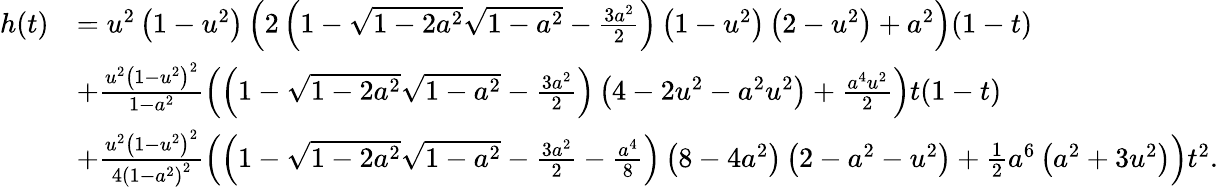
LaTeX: \begin{array}{rl}{h(t)}&{=u^{2}\left(1-u^{2}\right)\left(2\left(1-\sqrt{1-2a^{2}}\sqrt{1-a^{2}}-\frac{3a^{2}}{2}\right)\left(1-u^{2}\right)\left(2-u^{2}\right)+a^{2}\right)(1-t)}\\ &{+\frac{u^{2}\left(1-u^{2}\right)^{2}}{1-a^{2}}\left(\left(1-\sqrt{1-2a^{2}}\sqrt{1-a^{2}}-\frac{3a^{2}}{2}\right)\left(4-2u^{2}-a^{2}u^{2}\right)+\frac{a^{4}u^{2}}{2}\right)t(1-t)}\\ &{+\frac{u^{2}\left(1-u^{2}\right)^{2}}{4\left(1-a^{2}\right)^{2}}\left(\left(1-\sqrt{1-2a^{2}}\sqrt{1-a^{2}}-\frac{3a^{2}}{2}-\frac{a^{4}}{8}\right)\left(8-4a^{2}\right)\left(2-a^{2}-u^{2}\right)+\frac{1}{2}a^{6}\left(a^{2}+3u^{2}\right)\right)t^{2}.}\end{array}